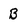
Character: B